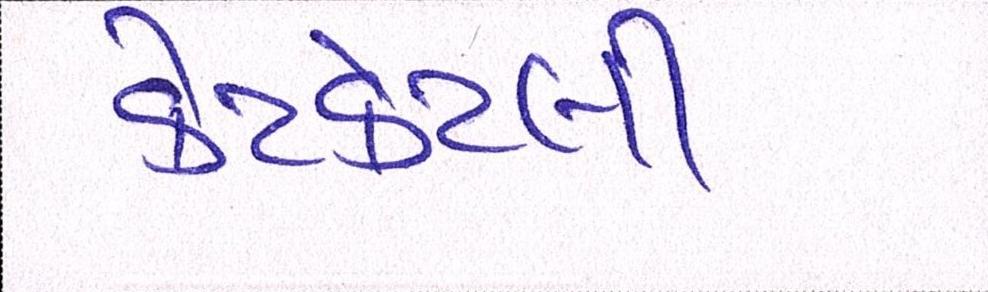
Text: કેટકેટલી